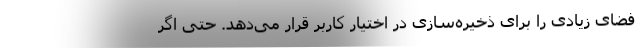
فضای زیادی را برای ذخیره‌سازی در اختیار کاربر قرار می‌دهد. حتی اگر